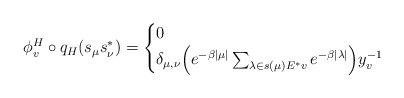
\begin{align*}\phi_v^H\circ q_H(s_\mu s^*_\nu)=\begin{cases}0&\\\delta_{\mu,\nu} \Big(e^{-\beta|\mu|}\sum_{\lambda\in s(\mu)E^*v}e^{-\beta|\lambda|}\Big)y_v^{-1}&\end{cases}\end{align*}